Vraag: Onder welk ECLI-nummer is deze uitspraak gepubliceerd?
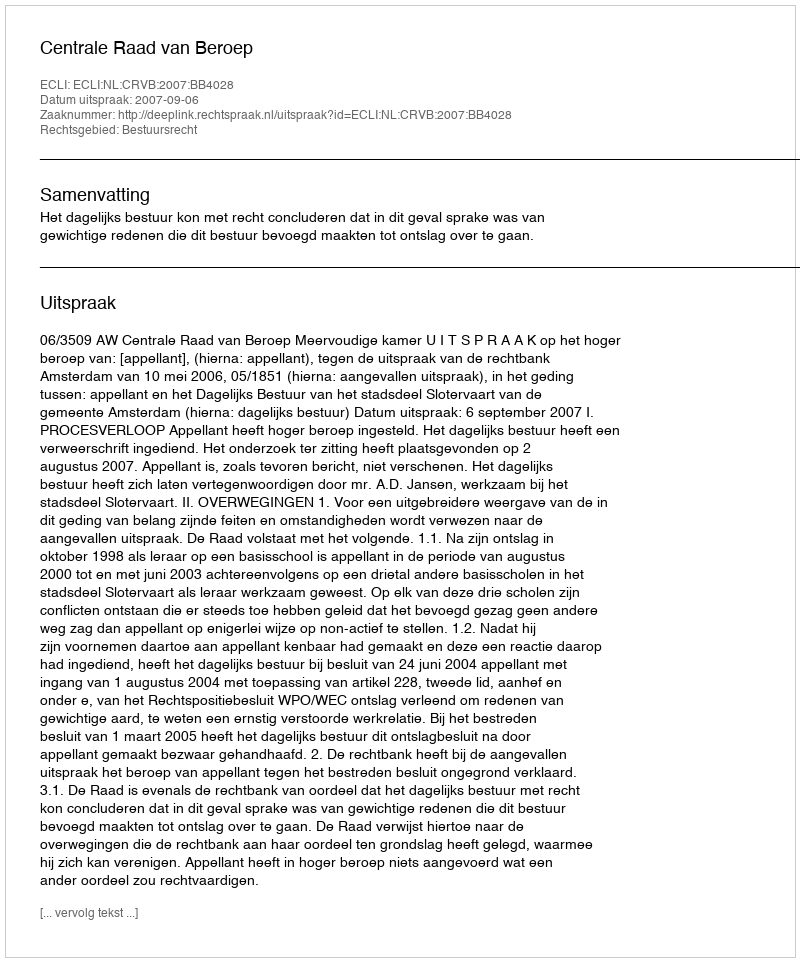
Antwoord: ECLI:NL:CRVB:2007:BB4028